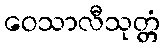
ဝေသာလီသုတ္တံ